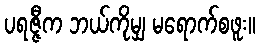
ပရဇ္ဇီက ဘယ်ကိုမျှ မရောက်စဖူး။